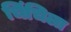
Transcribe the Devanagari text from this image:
चिंचिला